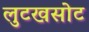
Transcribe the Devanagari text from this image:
लुटखसोट